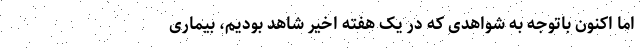
اما اکنون باتوجه به شواهدی که در یک هفته اخیر شاهد بودیم، بیماری